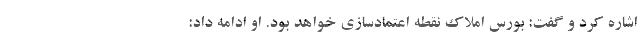
اشاره کرد و گفت: بورس املاک نقطه اعتمادسازی خواهد بود. او ادامه داد: